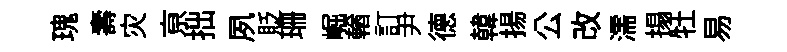
瑰壽灾亰拙夙貶珊崛輶訂尹德韓揚公改濡搨牡易